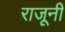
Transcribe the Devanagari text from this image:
राजूनी